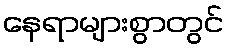
နေရာများစွာတွင်